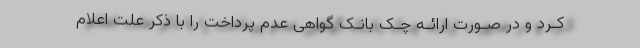
کـرد و در صـورت ارائـه چـک بانـک گواهی عدم پرداخت را با ذکر علت اعلام